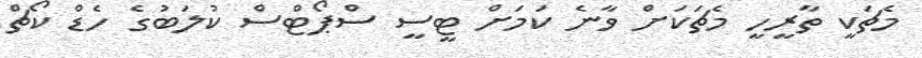
މެޗަކީ ތާރީހީ މެޗަކަށް ވާނެ ކަމަށް ޓީސީ ސްޕޯޓްސް ކުލަބުގެ ހެޑް ކޯޗް